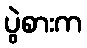
ပွဲစားက